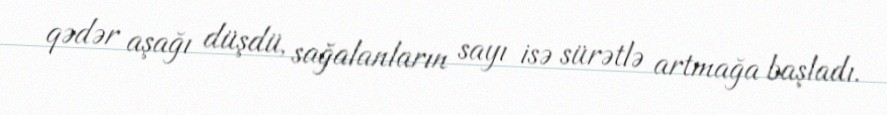
qədər aşağı düşdü, sağalanların sayı isə sürətlə artmağa başladı.